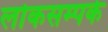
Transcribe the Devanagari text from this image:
लोकसम्पर्क